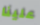
علينا